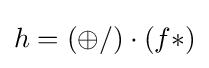
h=(\oplus /)\cdot (f*)